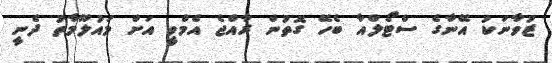
ޒުވާނަކު އޭނާގެ ސްޓޯލްއާ ބެހޭ ގޮތުން ރާއްޖެ އެމްވީ އަށް މައުލޫމާތު ދެނީ